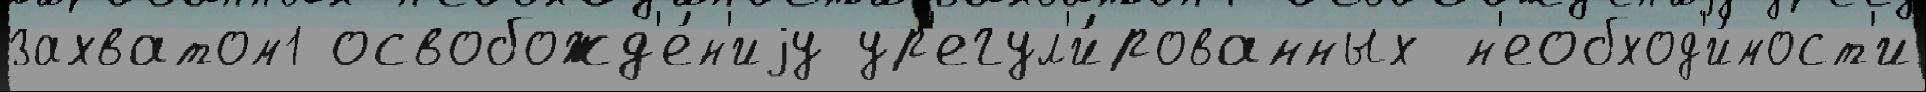
захватом1 освобожд'е́н'иjу ур'егул'и́рованных н'еобход'и́мост'и